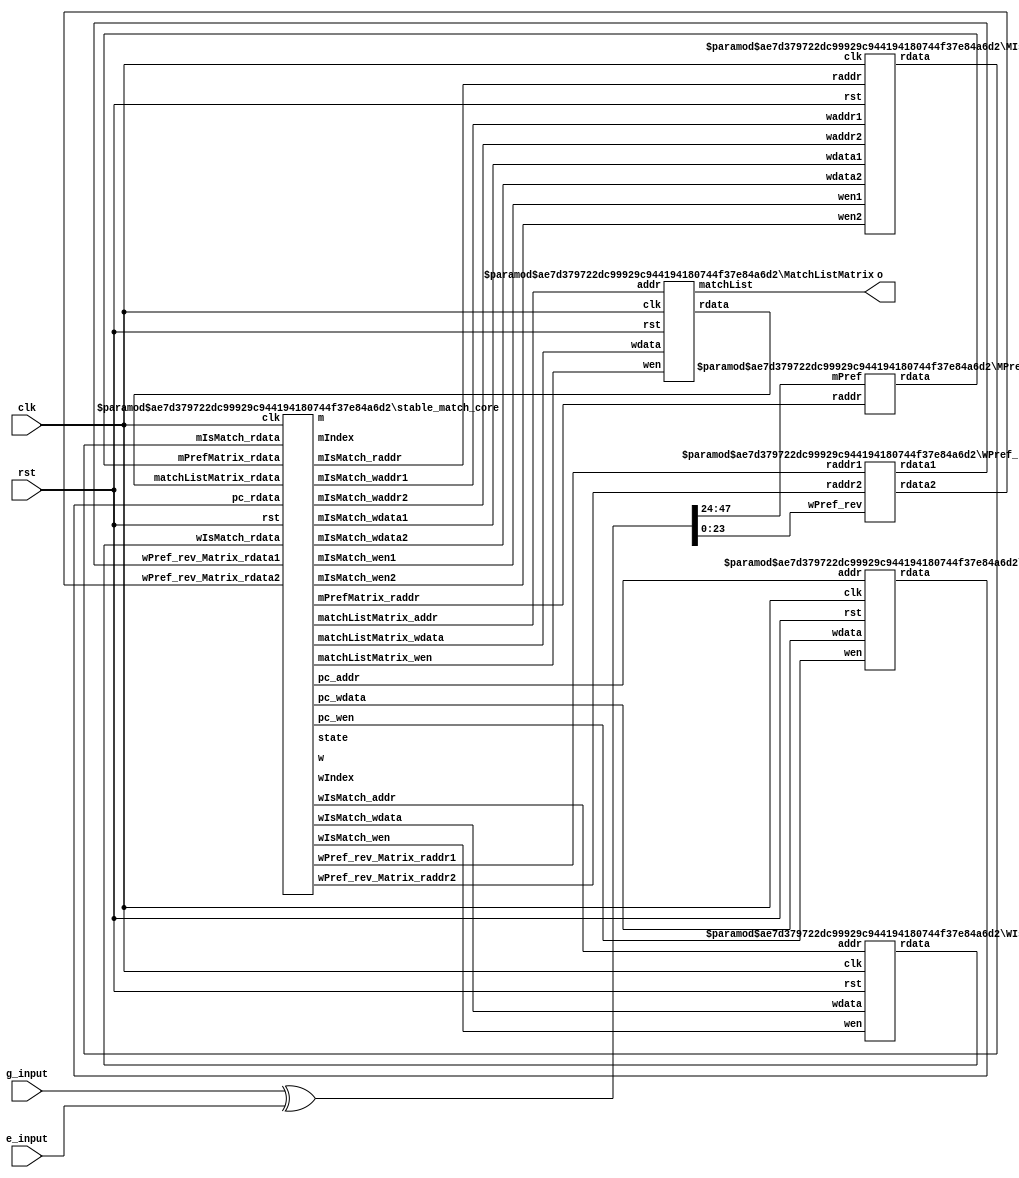
`timescale 1ps / 1ps

module stable_match
#(
  parameter Kw =8,
  parameter Km =8,
  parameter M  =8,
  parameter W  =8
)
(
  clk,
  rst,
  g_input,
  e_input,
  o
);

  function integer log2;
    input [31:0] value;
    reg [31:0] temp;
  begin
    temp = value - 1;
    for (log2=0; temp>0; log2=log2+1)
      temp = temp>>1;
  end
  endfunction

  localparam logM = log2(M);
  localparam logW = log2(W);
  localparam logKm = log2(Km);
  localparam logKw = log2(Kw);

  localparam state_select_m=0;
  localparam state_select_w=2;
  localparam state_wait_w = 3;
  localparam state_do_proposal = 4;

  input clk,rst;

  input [M*logKw+Km*logW-1:0] g_input;
  input [M*logKw+Km*logW-1:0] e_input;
  output [W*logM-1:0] o;

  wire [M*logKw-1:0] wPref_rev;
  wire [Km*logW-1:0] mPref;
  wire [W*logM-1:0] matchList;

  wire [logKm-1:0]   mPrefMatrix_raddr;
  wire [logW-1:0]    mPrefMatrix_rdata;
  wire [logM-1:0] pc_addr;
  wire [logKm:0]  pc_wdata;
  wire pc_wen;
  wire [logKm:0]  pc_rdata;
  wire [logW-1:0] wIsMatch_addr;
  wire wIsMatch_wdata;
  wire wIsMatch_wen;
  wire wIsMatch_rdata;
  wire [logW-1:0] matchListMatrix_addr;
  wire [logM:0] matchListMatrix_wdata;
  wire matchListMatrix_wen;
  wire [logM:0] matchListMatrix_rdata;

  wire [logM-1:0]   wPref_rev_Matrix_raddr1;
  wire [logKw-1:0]  wPref_rev_Matrix_rdata1;
  wire [logM-1:0]   wPref_rev_Matrix_raddr2;
  wire [logKw-1:0]  wPref_rev_Matrix_rdata2;

  wire [logM-1:0] mIsMatch_waddr1;
  wire mIsMatch_wdata1;
  wire mIsMatch_wen1;
  wire [logM-1:0] mIsMatch_waddr2;
  wire mIsMatch_wdata2;
  wire mIsMatch_wen2;
  wire [logM-1:0] mIsMatch_raddr;
  wire mIsMatch_rdata;

  wire [logM-1:0] mIndex;
  wire [logW-1:0] wIndex;
  wire [2:0] state;
  wire [logM-1:0] m;
  wire [logW-1:0] w;

 wire [M*logKw+Km*logW-1:0] input_xors;
 assign input_xors = g_input^e_input;
 assign wPref_rev = input_xors[M*logKw-1:0];
 assign mPref = input_xors[M*logKw+Km*logW-1:M*logKw];
 assign o = matchList;

  MPrefMatrix
  #(
    .Kw(Kw),
    .Km(Km),
    .M(M),
    .W(W)
  )
  MPrefMatrix_
  (
    .mPref(mPref),
    .raddr(mPrefMatrix_raddr),
    .rdata(mPrefMatrix_rdata)
  );

  WPref_rev_Matrix
  #(
      .Kw(Kw),
      .Km(Km),
      .M(M),
      .W(W)
  )
  WPref_rev_Matrix_
  (
    .wPref_rev(wPref_rev),
    .raddr1(wPref_rev_Matrix_raddr1),
    .rdata1(wPref_rev_Matrix_rdata1),
    .raddr2(wPref_rev_Matrix_raddr2),
    .rdata2(wPref_rev_Matrix_rdata2)
  );

  PC
  #(
    .Kw(Kw),
    .Km(Km),
    .M(M),
    .W(W)
  )
  PC_
  (
    .clk(clk),
    .rst(rst),
    .addr(pc_addr),
    .wdata(pc_wdata),
    .wen(pc_wen),
    .rdata(pc_rdata)
  );

  MIsMatch
  #(
    .Kw(Kw),
    .Km(Km),
    .M(M),
    .W(W)
  )
  MIsMatch_
  (
    .clk(clk),
    .rst(rst),
    .waddr1(mIsMatch_waddr1),
    .wdata1(mIsMatch_wdata1),
    .wen1(mIsMatch_wen1),
    .waddr2(mIsMatch_waddr2),
    .wdata2(mIsMatch_wdata2),
    .wen2(mIsMatch_wen2),
    .raddr(mIsMatch_raddr),
    .rdata(mIsMatch_rdata)
  );

  WIsMatch
  #(
    .Kw(Kw),
    .Km(Km),
    .M(M),
    .W(W)
  )
  WIsMatch_
  (
    .clk(clk),
    .rst(rst),
    .addr(wIsMatch_addr),
    .wdata(wIsMatch_wdata),
    .wen(wIsMatch_wen),
    .rdata(wIsMatch_rdata)
  );

  MatchListMatrix
  #(
    .Kw(Kw),
    .Km(Km),
    .M(M),
    .W(W)
  )
  MatchListMatrix_
  (
    .clk(clk),
    .rst(rst),
    .addr(matchListMatrix_addr),
    .wdata(matchListMatrix_wdata),
    .wen(matchListMatrix_wen),
    .rdata(matchListMatrix_rdata),
    .matchList(matchList)
  );

  stable_match_core
  #(
    .Kw(Kw),
    .Km(Km),
    .M(M),
    .W(W)
  )
  stable_match_core_
  (
    .clk(clk),
    .rst(rst),
    .state(state),
    .mIndex(mIndex),
    .wIndex(wIndex),
    .m(m),
    .w(w),
    .mPrefMatrix_raddr(mPrefMatrix_raddr),
    .mPrefMatrix_rdata(mPrefMatrix_rdata),
    .pc_addr(pc_addr),
    .pc_wdata(pc_wdata),
    .pc_wen(pc_wen),
    .pc_rdata(pc_rdata),
    .wIsMatch_addr(wIsMatch_addr),
    .wIsMatch_wdata(wIsMatch_wdata),
    .wIsMatch_wen(wIsMatch_wen),
    .wIsMatch_rdata(wIsMatch_rdata),
    .matchListMatrix_addr(matchListMatrix_addr),
    .matchListMatrix_wdata(matchListMatrix_wdata),
    .matchListMatrix_wen(matchListMatrix_wen),
    .matchListMatrix_rdata(matchListMatrix_rdata),
    .wPref_rev_Matrix_raddr1(wPref_rev_Matrix_raddr1),
    .wPref_rev_Matrix_rdata1(wPref_rev_Matrix_rdata1),
    .wPref_rev_Matrix_raddr2(wPref_rev_Matrix_raddr2),
    .wPref_rev_Matrix_rdata2(wPref_rev_Matrix_rdata2),
    .mIsMatch_waddr1(mIsMatch_waddr1),
    .mIsMatch_wdata1(mIsMatch_wdata1),
    .mIsMatch_wen1(mIsMatch_wen1),
    .mIsMatch_waddr2(mIsMatch_waddr2),
    .mIsMatch_wdata2(mIsMatch_wdata2),
    .mIsMatch_wen2(mIsMatch_wen2),
    .mIsMatch_raddr(mIsMatch_raddr),
    .mIsMatch_rdata(mIsMatch_rdata)
  );

endmodule

module stable_match_core
#(
  parameter Kw =8,
  parameter Km =8,
  parameter M  =8,
  parameter W  =8
)
(
  clk,
  rst,
  state,
  mIndex,
  wIndex,
  m,
  w,
  mPrefMatrix_raddr,
  mPrefMatrix_rdata,
  pc_addr,
  pc_wdata,
  pc_wen,
  pc_rdata,
  wIsMatch_addr,
  wIsMatch_wdata,
  wIsMatch_wen,
  wIsMatch_rdata,
  matchListMatrix_addr,
  matchListMatrix_wdata,
  matchListMatrix_wen,
  matchListMatrix_rdata,
  wPref_rev_Matrix_raddr1,
  wPref_rev_Matrix_rdata1,
  wPref_rev_Matrix_raddr2,
  wPref_rev_Matrix_rdata2,
  mIsMatch_waddr1,
  mIsMatch_wdata1,
  mIsMatch_wen1,
  mIsMatch_waddr2,
  mIsMatch_wdata2,
  mIsMatch_wen2,
  mIsMatch_raddr,
  mIsMatch_rdata
);

  function integer log2;
    input [31:0] value;
    reg [31:0] temp;
  begin
    temp = value - 1;
    for (log2=0; temp>0; log2=log2+1)
      temp = temp>>1;
  end
  endfunction

  localparam logM = log2(M);
  localparam logW = log2(W);
  localparam logKm = log2(Km);
  localparam logKw = log2(Kw);

  localparam state_select_m=0;
  localparam state_select_w=2;
  localparam state_wait_w = 3;
  localparam state_do_proposal = 4;


  input clk,rst;
  output reg [logM-1:0] mIndex;
  output reg [logW-1:0] wIndex;
  output reg [2:0] state;
  output reg [logM-1:0] m;
  output reg [logW-1:0] w;


  output [logKm-1:0] mPrefMatrix_raddr;
  input [logW-1:0]   mPrefMatrix_rdata;
  output [logM-1:0]  pc_addr;
  output [logKm:0]   pc_wdata;
  output pc_wen;
  input [logKm:0]  pc_rdata;
  output [logW-1:0] wIsMatch_addr;
  output wIsMatch_wdata;
  output wIsMatch_wen;
  input wIsMatch_rdata;
  output [logW-1:0] matchListMatrix_addr;
  output [logM:0] matchListMatrix_wdata;
  output matchListMatrix_wen;
  input [logM:0] matchListMatrix_rdata;
  output [logM-1:0]   wPref_rev_Matrix_raddr1;
  input [logKw-1:0]  wPref_rev_Matrix_rdata1;
  output [logM-1:0]   wPref_rev_Matrix_raddr2;
  input [logKw-1:0]  wPref_rev_Matrix_rdata2;
  output [logM-1:0] mIsMatch_waddr1;
  output mIsMatch_wdata1;
  output mIsMatch_wen1;
  output [logM-1:0] mIsMatch_waddr2;
  output mIsMatch_wdata2;
  output mIsMatch_wen2;
  output [logM-1:0] mIsMatch_raddr;
  input mIsMatch_rdata;

  reg [2:0] nState;

  wire [logKm:0] pc_mIndex;
  wire [logM-1:0] m_assigned;
  wire better;
  wire propose;
  wire can_propose;

  assign m_assigned = matchListMatrix_rdata;
  assign better = (wPref_rev_Matrix_rdata1 < wPref_rev_Matrix_rdata2);
  assign can_propose = |pc_mIndex & ~mIsMatch_rdata;
  assign mPrefMatrix_raddr = Km-pc_mIndex;

  assign pc_addr = mIndex;
  assign pc_wdata = pc_mIndex-1;
  assign pc_wen = state==state_select_m && can_propose;
  assign pc_mIndex = pc_rdata;

  assign mIsMatch_waddr1 = m;
  assign mIsMatch_wdata1 = 1'b1;
  assign mIsMatch_wen1 = (state==state_do_proposal) &&
    (wIsMatch_rdata==0 || (wIsMatch_rdata!=0 && better));
  assign mIsMatch_waddr2 = m_assigned;
  assign mIsMatch_wdata2 = 1'b0;
  assign mIsMatch_wen2 = (state==state_do_proposal) &&
    (wIsMatch_rdata!=0 && better);
  assign mIsMatch_raddr = mIndex;

  assign wIsMatch_addr = w;
  assign wIsMatch_wdata = 1'b1;
  assign wIsMatch_wen = state==state_do_proposal && wIsMatch_rdata;

  assign matchListMatrix_addr = w;
  assign matchListMatrix_wdata = m;
  assign matchListMatrix_wen = (state==state_do_proposal) &&
    (wIsMatch_rdata==0 || (wIsMatch_rdata!=0 && better));

  assign wPref_rev_Matrix_raddr1 = m;
  assign wPref_rev_Matrix_raddr2 = m_assigned;


  always@(*) begin
    nState = state_select_m;
    case (state)
      state_select_m: begin
        if(can_propose)
          nState = state_wait_w;
        else
          nState = state_select_m;
      end
      state_wait_w: begin
        if (wIndex + 1 == w) begin
          nState=state_do_proposal;
        end else begin
          nState=state_wait_w;
        end
      end
      state_do_proposal: begin
        nState=state_select_m;
      end
      default: begin
        nState=state_select_m;
      end
    endcase
  end

  integer k;
  always@(posedge clk or posedge rst) begin
    if(rst) begin
      m<=0;
      w<=0;
      mIndex<=0;
      wIndex<=0;
      state<=state_select_m;
    end else begin
      state <= nState;
      mIndex <= (mIndex+1);
      wIndex <= (wIndex+1);

      if (state==state_select_m) begin
        m <= mIndex;
        w <= mPrefMatrix_rdata;
      end
    end
  end

endmodule


module MPrefMatrix
#(
  parameter Kw =8,
  parameter Km =8,
  parameter M  =8,
  parameter W  =8
)
(
  mPref,
  raddr,
  rdata
);

  function integer log2;
    input [31:0] value;
    reg [31:0] temp;
  begin
    temp = value - 1;
    for (log2=0; temp>0; log2=log2+1)
      temp = temp>>1;
  end
  endfunction

  localparam logM = log2(M);
  localparam logW = log2(W);
  localparam logKm = log2(Km);
  localparam logKw = log2(Kw);

  input   [Km*logW-1:0] mPref;
  input   [logKm-1:0]   raddr;
  output  [logW-1:0]    rdata;


  wire [logW-1:0] mPrefMatrix [Km-1:0]; // nlogn = 7n

  genvar j;
  generate
    for (j=0;j<Km;j=j+1) begin : mPref_asgn2
      assign mPrefMatrix [j] = mPref [logW*(j+1)-1:logW*j];
    end
  endgenerate

  assign rdata = mPrefMatrix[raddr];

endmodule


module WPref_rev_Matrix
#(
  parameter Kw =8,
  parameter Km =8,
  parameter M  =8,
  parameter W  =8
)
(
  wPref_rev,
  raddr1,
  rdata1,
  raddr2,
  rdata2
);

  function integer log2;
    input [31:0] value;
    reg [31:0] temp;
  begin
    temp = value - 1;
    for (log2=0; temp>0; log2=log2+1)
      temp = temp>>1;
  end
  endfunction

  localparam logM = log2(M);
  localparam logW = log2(W);
  localparam logKm = log2(Km);
  localparam logKw = log2(Kw);

  input [M*logKw-1:0] wPref_rev;
  input   [logM-1:0]   raddr1;
  output  [logKw-1:0]  rdata1;
  input   [logM-1:0]   raddr2;
  output  [logKw-1:0]  rdata2;

  wire [logKw-1:0] wPref_rev_Matrix [M-1:0]; // 2nlogn = 14n

  genvar j;
  generate
    for (j=0;j<Kw;j=j+1) begin : wPref_rev_asgn2
      assign wPref_rev_Matrix [j] = wPref_rev [logM*(j+1)-1:logM*j];
    end
  endgenerate

  assign rdata1 = wPref_rev_Matrix[raddr1];
  assign rdata2 = wPref_rev_Matrix[raddr2];

endmodule

module PC
#(
  parameter Kw =8,
  parameter Km =8,
  parameter M  =8,
  parameter W  =8
)
(
  clk,
  rst,
  addr,
  wdata,
  wen,
  rdata
);

  function integer log2;
    input [31:0] value;
    reg [31:0] temp;
  begin
    temp = value - 1;
    for (log2=0; temp>0; log2=log2+1)
      temp = temp>>1;
  end
  endfunction

  localparam logM = log2(M);
  localparam logW = log2(W);
  localparam logKm = log2(Km);
  localparam logKw = log2(Kw);

  input clk,rst;
  input [logM-1:0] addr;
  input [logKm:0] wdata;
  input wen;
  output [logKm:0] rdata;

  reg [logKm:0] pc [M-1:0]; // 2*nlogn + n = 15n

  integer k;
  always @(posedge clk or posedge rst) begin
    if (rst) begin
      for (k=0;k<M;k=k+1) begin :always_line
        pc[k] <= Km;
      end
    end
    else if (wen) begin
      pc[addr] <= wdata;
    end
  end

  assign rdata = pc[addr];

endmodule

module MIsMatch
#(
  parameter Kw =8,
  parameter Km =8,
  parameter M  =8,
  parameter W  =8
)
(
  clk,
  rst,
  waddr1,
  wdata1,
  wen1,
  waddr2,
  wdata2,
  wen2,
  raddr,
  rdata
);

  function integer log2;
    input [31:0] value;
    reg [31:0] temp;
  begin
    temp = value - 1;
    for (log2=0; temp>0; log2=log2+1)
      temp = temp>>1;
  end
  endfunction

  localparam logM = log2(M);
  localparam logW = log2(W);
  localparam logKm = log2(Km);
  localparam logKw = log2(Kw);

  input clk,rst;

  input [logM-1:0] waddr1;
  input wdata1;
  input wen1;
  input [logM-1:0] waddr2;
  input wdata2;
  input wen2;
  input [logM-1:0] raddr;
  output rdata;


  reg [M-1:0] mIsMatch; // 7n

  integer k;
  always @(posedge clk or posedge rst) begin
    if (rst) begin
      for (k=0;k<M;k=k+1) begin :always_line
        mIsMatch[k] <= 1'b0;
      end
    end else if (wen1) begin
      mIsMatch[waddr1] <= wdata1;
    end else if (wen2) begin
      mIsMatch[waddr2] <= wdata2;
    end
  end

  assign rdata = mIsMatch[raddr];

endmodule

module WIsMatch
#(
  parameter Kw =8,
  parameter Km =8,
  parameter M  =8,
  parameter W  =8
)
(
  clk,
  rst,
  addr,
  wdata,
  wen,
  rdata
);

  function integer log2;
    input [31:0] value;
    reg [31:0] temp;
  begin
    temp = value - 1;
    for (log2=0; temp>0; log2=log2+1)
      temp = temp>>1;
  end
  endfunction

  localparam logM = log2(M);
  localparam logW = log2(W);
  localparam logKm = log2(Km);
  localparam logKw = log2(Kw);

  input clk,rst;
  input [logW-1:0] addr;
  input wdata;
  input wen;
  output rdata;

  reg wIsMatch[W-1:0]; // 3n

  integer k;
  always @(posedge clk or posedge rst) begin
    if (rst) begin
      for (k=0;k<W;k=k+1) begin :always_line
        wIsMatch[k] <= 1'b0;
      end
    end
    else if (wen) begin
      wIsMatch[addr] <= wdata;
    end
  end

  assign rdata = wIsMatch[addr];

endmodule

module MatchListMatrix
#(
  parameter Kw =8,
  parameter Km =8,
  parameter M  =8,
  parameter W  =8
)
(
  clk,
  rst,
  addr,
  wdata,
  wen,
  rdata,
  matchList
);

  function integer log2;
    input [31:0] value;
    reg [31:0] temp;
  begin
    temp = value - 1;
    for (log2=0; temp>0; log2=log2+1)
      temp = temp>>1;
  end
  endfunction

  localparam logM = log2(M);
  localparam logW = log2(W);
  localparam logKm = log2(Km);
  localparam logKw = log2(Kw);

  input clk,rst;
  input [logW-1:0] addr;
  input [logM:0] wdata;
  input wen;
  output [logM:0] rdata;
  output [W*logM-1:0] matchList;

  reg [logM-1:0] matchListMatrix [W-1:0]; // 2*nlogn + n = 15n

  integer k;
  always @(posedge clk or posedge rst) begin
    if (rst) begin
      for (k=0;k<M;k=k+1) begin :always_line
        matchListMatrix[k] <= Km;
      end
    end
    else if (wen) begin
      matchListMatrix[addr] <= wdata;
    end
  end

  assign rdata = matchListMatrix[addr];

  genvar i;
  generate
    for (i=0;i<W;i=i+1)begin : matchList_asgn1
      assign matchList [logM*(i+1)-1:logM*i] = matchListMatrix [i] ;
    end
  endgenerate


endmodule